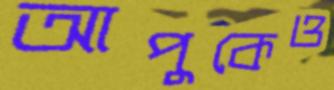
আপুকেও